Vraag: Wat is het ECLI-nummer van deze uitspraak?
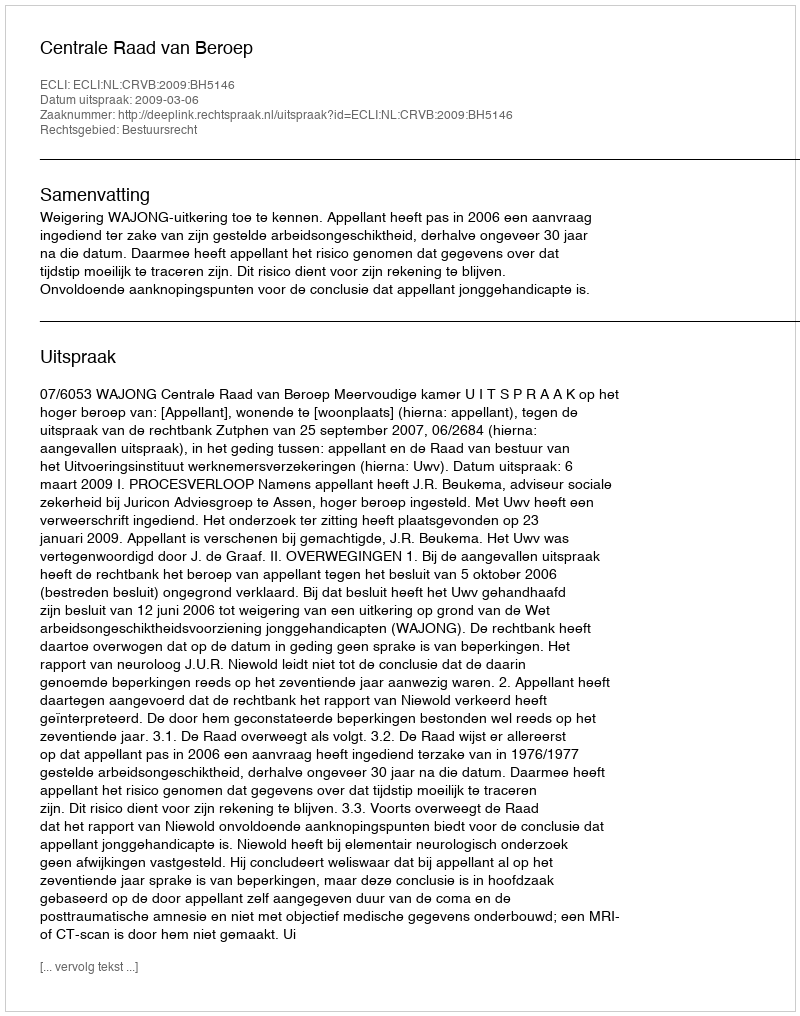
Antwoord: ECLI:NL:CRVB:2009:BH5146